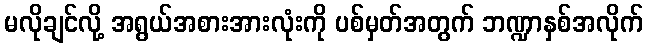
မလိုချင်လို့ အရွယ်အစားအားလုံးကို ပစ်မှတ်အတွက် ဘဏ္ဍာနှစ်အလိုက်